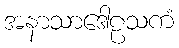
အနာသာဒေါဠသကံ